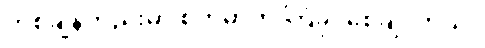
တစ်ချိန်တည်းမှာ စိတ်ဓာတ် ကြံ့ခိုင်စေချင်တယ်။